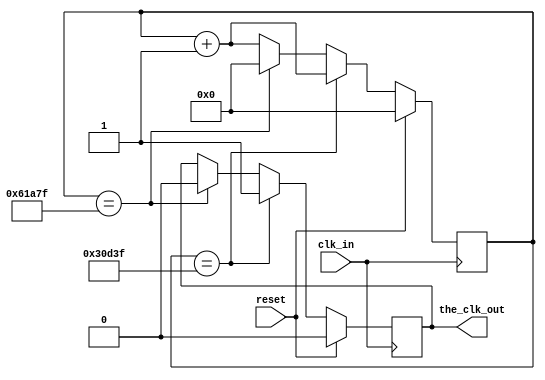
`timescale 1ns / 1ps
module clk_wiz(
    input clk_in,
    input reset,
    output the_clk_out
    );
//    parameter period= 20;  
    parameter period = 400000;
    reg [31:0]cnt;
    reg clk_out;
    always @(negedge clk_in)//
    begin 
        if(reset)
        begin
            cnt <= 0;
            clk_out <= 0;
        end
        else  
        begin  
            if(cnt== (period >> 1) - 1)
            begin               
                clk_out <= 1'b1;
                cnt<= cnt+1;
            end
            else if(cnt == period - 1)                    
            begin 
                clk_out <= 1'b0;
                cnt <= 1'b0;      
            end
            else
            begin
                cnt<= cnt+1;
            end         
        end
    end
    
    assign the_clk_out = clk_out;
endmodule